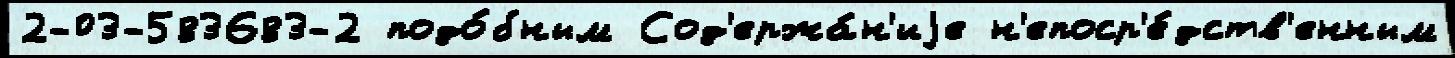
2-03-583683-2 подо́бным Сод'ержа́н'иjе н'епоср'е́дств'енным